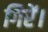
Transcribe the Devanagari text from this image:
गिरें।